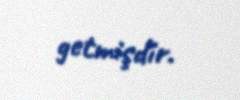
getmişdir.